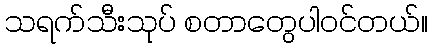
သရက်သီးသုပ် စတာတွေပါဝင်တယ်။